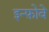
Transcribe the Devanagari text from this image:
इन्फ़ोवे